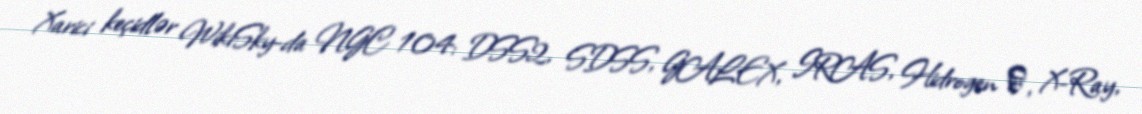
Xarici keçidlər WikiSky-da NGC 104: DSS2, SDSS, GALEX, IRAS, Hidrogen α, X-Ray,